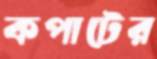
কপাটের